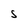
Character: s